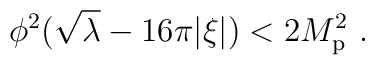
\phi^2 (\sqrt\lambda - 16\pi|\xi|) < 2M_{\rm p}^2\ .